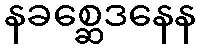
နခစ္ဆေဒနေန